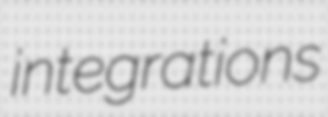
integrations